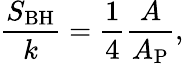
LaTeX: {\frac{S_{\mathrm{BH}}}{k}}={\frac{1}{4}}{\frac{A}{A_{\mathrm{P}}}},